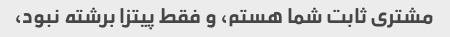
مشتری ثابت شما هستم، و فقط پیتزا برشته نبود،